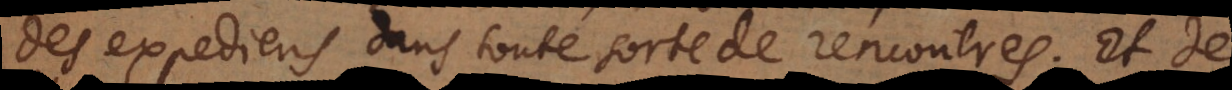
des expediens dans toute sorte de rencontres. Et de